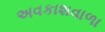
અવકાશવાળા